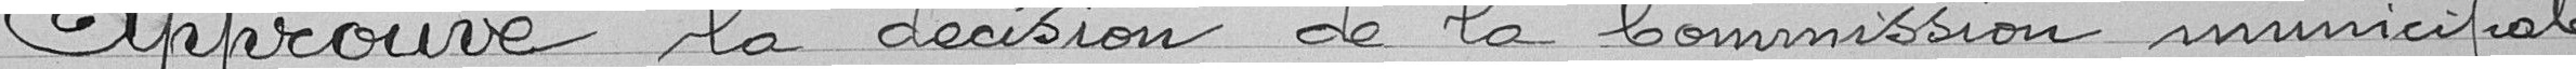
Approuve la décision de la Commission municipale